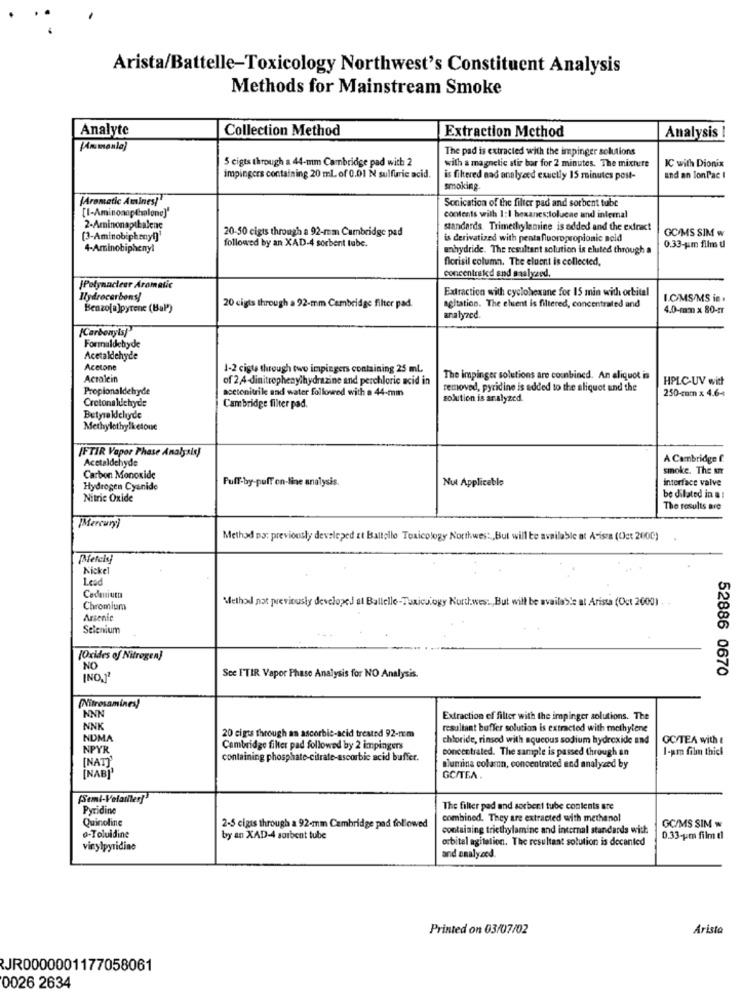
Arista/Battelle-Toxicology Northwest's Constituent Analysis
Methods for Mainstream Smoke
Analyte
Collection Method
Extraction Method
Analysis
The pad is extracted with the impinger solutions
5 cigts through a 44-mm Cambridge pad with 2
with a magnetic stir bar for 2 minutes. The mixture
IC with Dionix
impingers containing 20 ml of 0.01 N sulfuric acid.
is filtered nad analyzed exactly 15 minutes post-
and an Jon Pac
smoking
[Aromatic Amines!"
Sonication of the filter pad and sorbent tube
[1-AminoanpEilene)'
contents with 1:1 boxanes;tolucae and internal
2-Aminonaptbalene
20-50 cigts through a 92-mm Cambridge pad
standards. Trimethylamine is added and the extract
GC/MS SIM w
(3-Aminobiphenyl]
followed by an XAD-4 sorbent tube.
is derivatized with pentafluoropropionic neid
4-Aminobipheny!
anhydride. The resultant solution is eluted through a
0.33-pm film di
florisil column. The eluent is collected,
concentrated and malyzed.
JPotynaclear Aromatic
Extraction with cyclohexane for 15 min with orbital
Hydrocarbons!
I.C/MS/MS in.
Benzo[a]pyrene (Bal')
20 cigts through a 92-mm Cambridge filter pad.
agitation. The client is filtered, concentrated and
4.0-mm x 80-IT
analyzed.
(Carbonyts]"
Formaldehyde
Acetaldehyde
Acetone
1-2 cista through two impingers containing 25 ml
Acralein
of 2,4-dinitrophenylhydrazine and perchloric acid in
The impinger solutions are combined. An aliquot is
HPLC-UV witt
Propionaldehyde
acetonitrile and water followed with a 44-min
removed, pyridine is added to the aliquet and the
250-cm × 4.6-4
Cretonaluchyde
solution is analyzed.
Cambridge filter pad.
Betyraklchyde
Methylethylketone
IFTIR Vapor Phase Analysis)
Acetaldehyde
A Cambridge f.
smoke. The str
Carbon Monoxide
Full-by-puff on-line analysis.
Nut Applicable
interface valve
Hydrogen Cyanide
Nitric Oxide
be dilated in a :
The results are
(Mercury)
Method Do: previously developed at Battello Toxicology Northwest , But will be available at Acisza (Oct 2000)
Nickel
Lead
Cadmiumn
Method not previously developeJ at Ballelle-Toxicology North.wes .., But will be available at Arista (Oct 2600) . .
Chromium
Arsenic
Selenium
(Oxides of Nitrogen)
NO
52886 0670
See ITIR Vapor Phase Analysis for NO Analysis.
(Nitrosamines)
NNN
Extraction of filter with the impinger solutions. The
NNK
resultant buffer solution is extracted with methylene
NDMA
20 cigts through an ascorbic-acid treated 92-rcm
chloride, rinsed with aqueous sodium hydroxide and
GC/TEA with
NPYR
Cambridge filter pad followed by 2 impingers
concentrated. The sample is passed through an
I-pm film thich
[NAT]'
containing phosphate-citrate-ascorbic acid buffer.
[NAB]'
lumina colamn, concentrated end analyzed by
GC/TEA.
Pyridine
The filter pad and sorbent tube contents are
Quinoline
combined. They are extracted with methenol
2-5 cigts through a 92-mm Cambridge pad followed
containing triethylamine and internal standards with
GC/MS SIM w
-Toluidine
by an XAD-4 sorbent tube
orbital agitation. The resultant solution is decanted
0.33-pm film d
vinylpyridine
and analyzed.
Printed on 03/07/02
Arista
JR0000001177058061
0026 2634